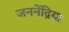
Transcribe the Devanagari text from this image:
जननेंद्रिया